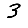
Digit: 3